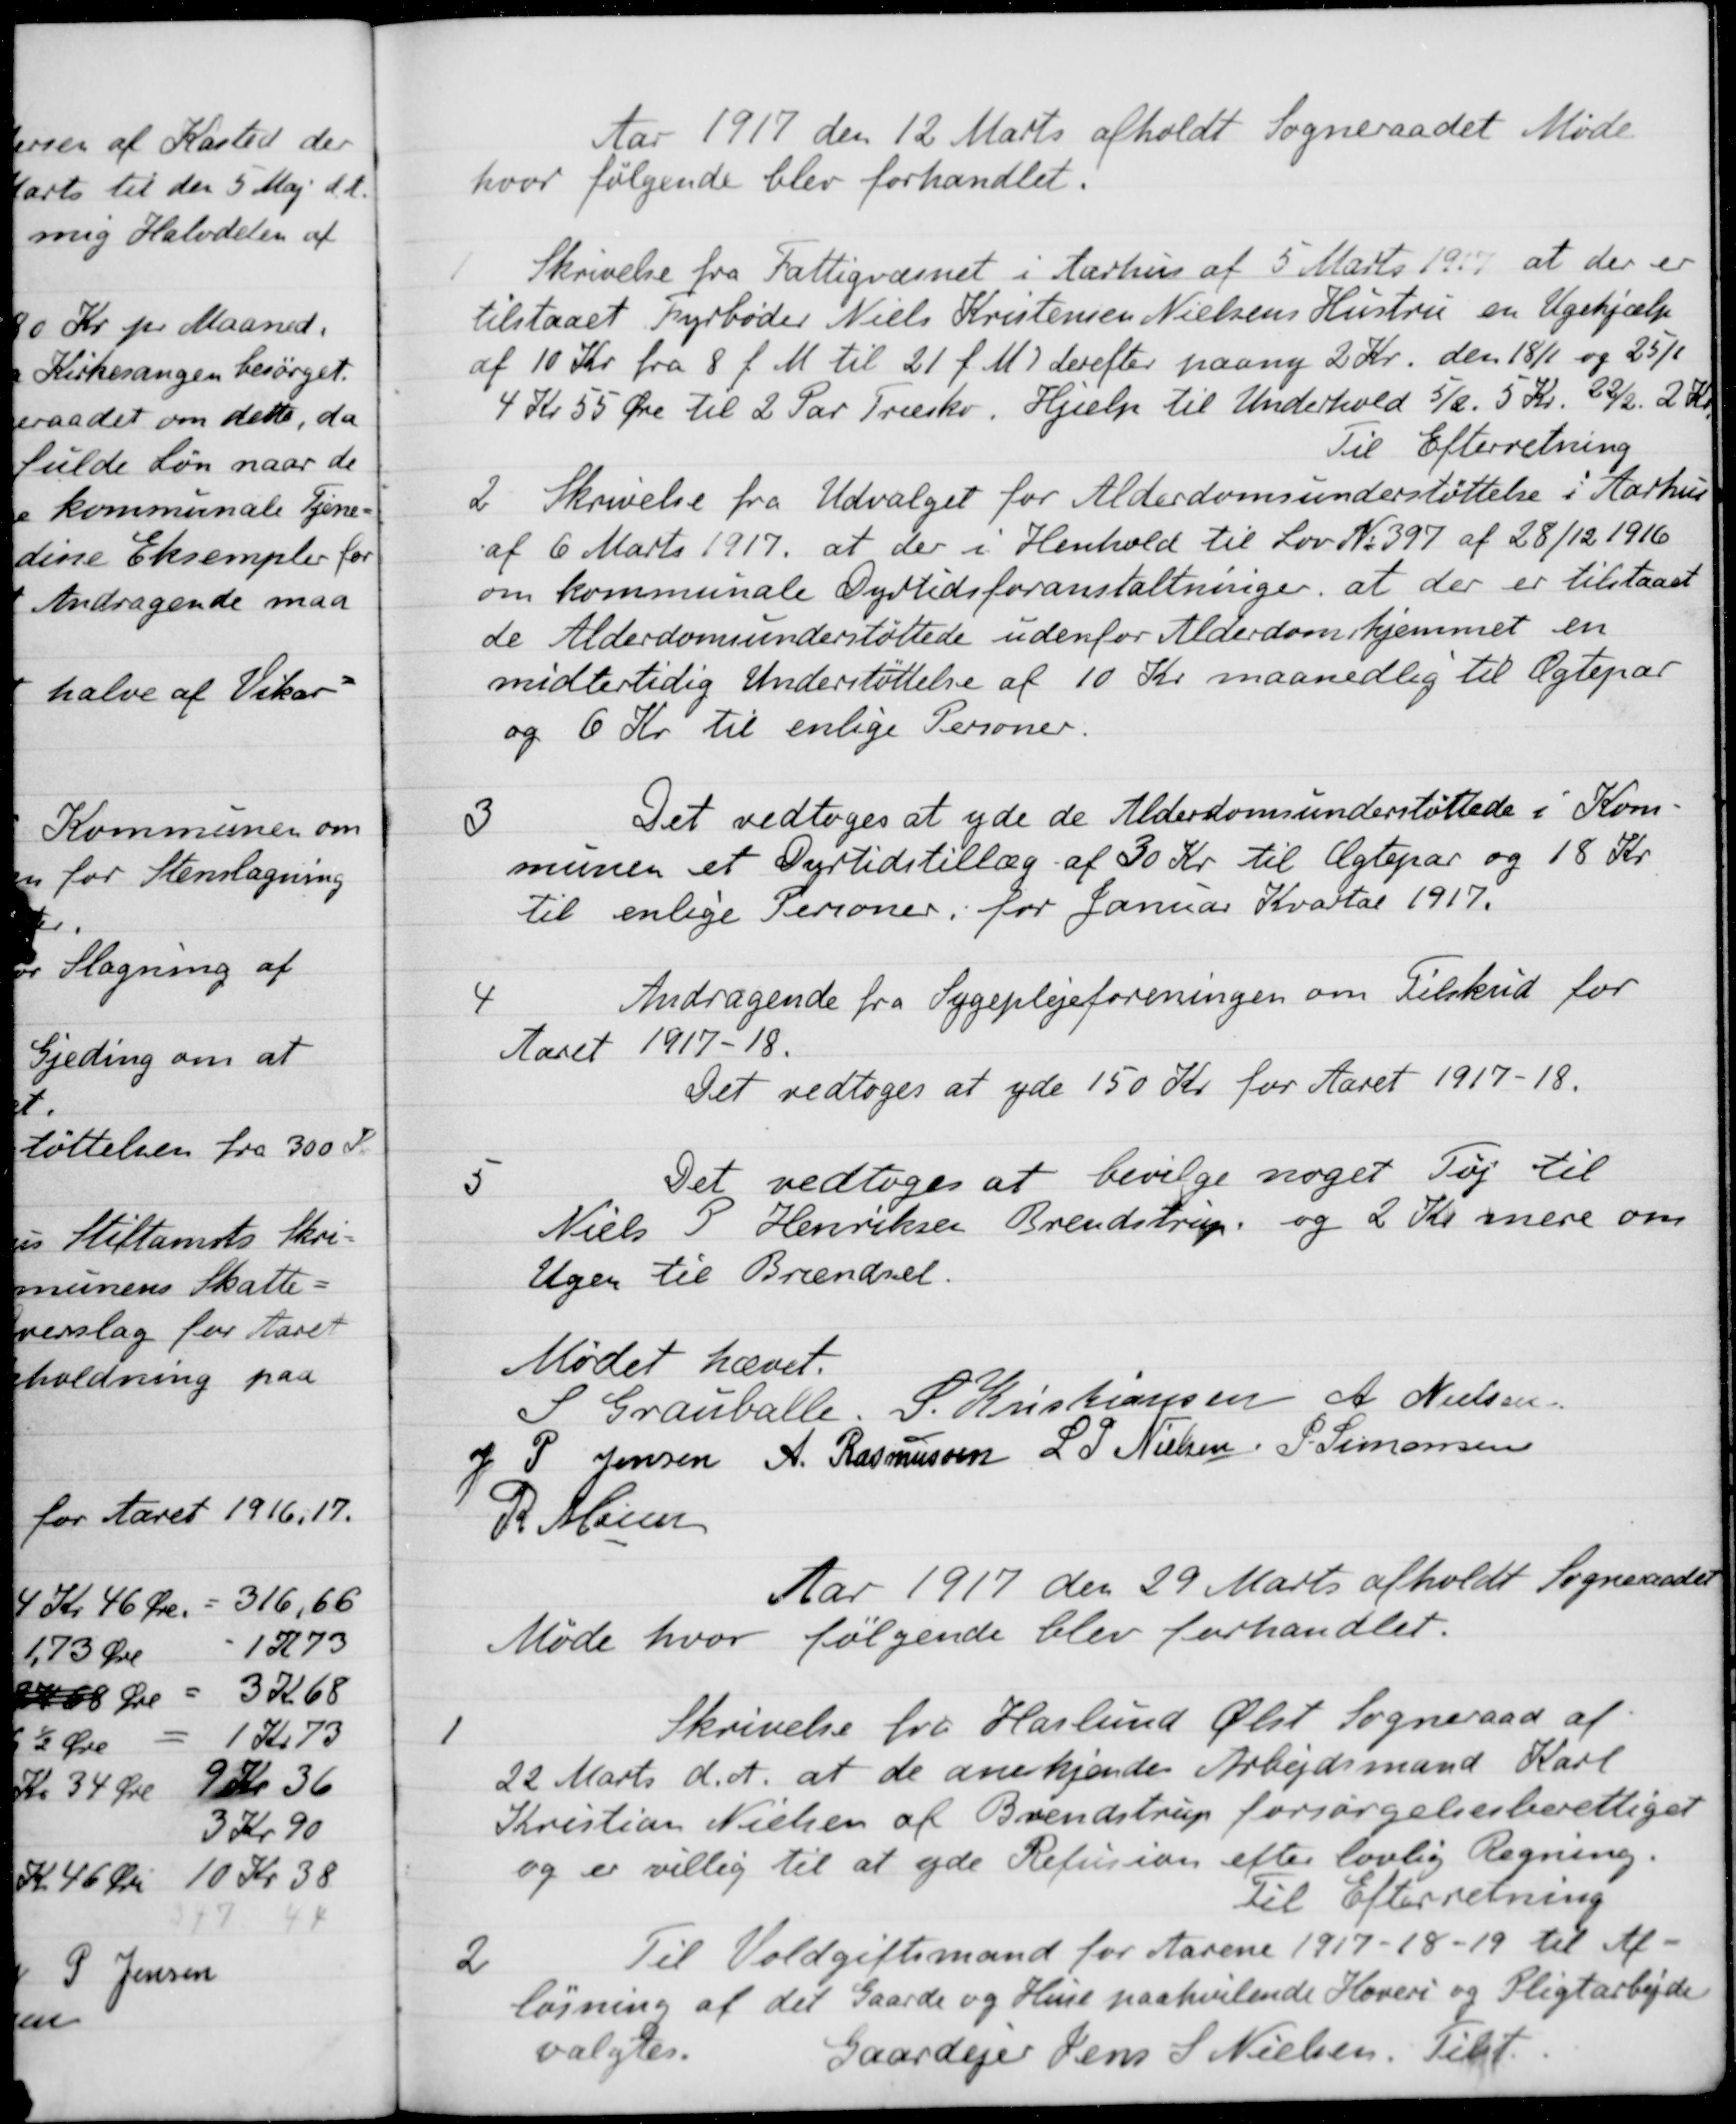
Transskription:
Aar 1917 den 12 Marts afholdt Sogneraadet Møde
hvor følgende blev forhandlet.
1
Skrivelse fra Fattigvæsnet i Aarhus af 5 Marts 1917 at der er
tilstaaet Fyrbøder Niels Kristensen Nielsens Hustru en Ugehjælp
af 10 Kr. fra 8 f. M. til 21 f. M. derefter paany 2 Kr. den 18/1 og 25/1
4 Kr 55 Øre til 2 Par Træsko, Hjælp til Underhold 5/2. 5 Kr. 22/2 2 Kr.
Til Efterretning
2.
Skrivelse fra Udvalget for Alderdomsunderstøttelse i Aarhus
af 6 Marts 1917 at der i Henhold til Lov No 397 af 28/12 1916
om kommunale Dyrtidsforanstaltninger, at der er tilstaaet
de Alderdomsunderstøttede udenfor Alderdomshjemmet en
midlertidig Understøttelse af 10 Kr maanedlig til Ægtepar
og 6 Kr til enlige Personer.
3
Det vedtoges at yde de Alderdomsunderstøttede i Kom
munen et Dyrtidstillæg af 30 Kr til Ægtepar og 18 Kr
til enlige Personer, for Januar Kvartal 1917.
4
Andragende fra Sygeplejeforeningen om Tilskud for
Aaret 1917-18.
Det vedtoges at yde 150 Kr for Aaret 1917-18.
3
Det vedtoges at bevilge noget Tøj til
Niels S Henriksen Brendstrup, og 2 Kr. mere om
Ugen til Brændsel.
Mødet hævet.
S Grauballe.
S. Kristiansen
A. Nielsen
J P. Jensen
A. Rasmussen
L. P. Nielsen
P. Simonsen
R Møller
Aar 1917 den 29 Marts afholdt Sogneraadet
Møde hvor følgende blev forhandlet.
1
Skrivelse fra Haslund Ølst Sogneraad af
22 Marts d. A. at de anerkjender Arbejdsmand Karl
Kristian Nielsen af Brendstrup forsørgelsesberettiget
og er villig til at yde Refusion efter lovlig Regning.
Til Efterretning
2
Til Voldgiftsmand for Aarene 1917-18-19 til Af
løsning af det Gaarde og Huse paahvilende Hoveri og Pligtarbejde
valgtes.
Gaardejer Jens S. Nielsen. Tilst.